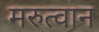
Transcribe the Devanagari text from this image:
मरुत्वान